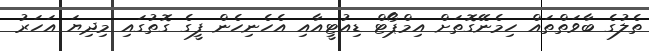
ތެލުގެ ބާވަތްތައް ހިމެނޭގޮތަށް އިމްޕޯޓް ޑިއުޓީއާއި އެހެނިހެން ފީގެ ގޮތުގައި މިދިޔަ އަހަރު